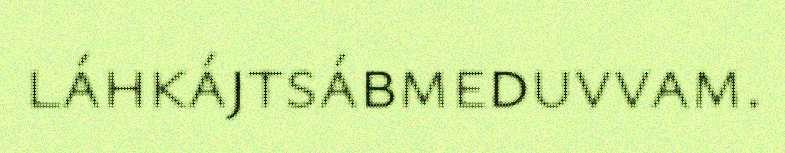
láhkájtsábmeduvvam.